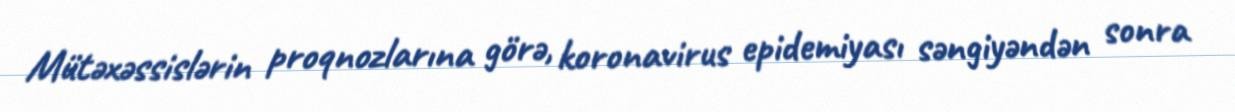
Mütəxəssislərin proqnozlarına görə, koronavirus epidemiyası səngiyəndən sonra